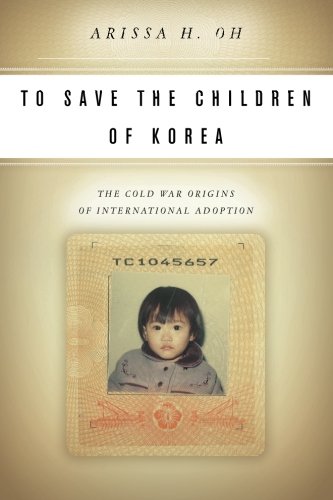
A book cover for To Save the Children of Korea: The Cold War Origins of International Adoption (Asian America); Arissa Oh; Parenting & Relationships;